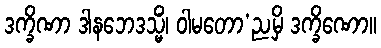
ဒက္ခိဏာ ဒါနဘေဒသ္မိံ၊ ဝါမတော’ညမှိ ဒက္ခိဏော။